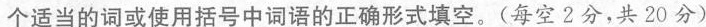
个适当的词或使用括号中词语的正确形式填空。(每空2分,共 20 分)